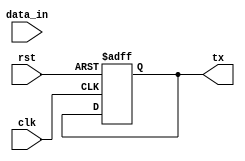
module uart_transmitter (
    input wire clk,
    input wire rst,
    input wire [7:0] data_in,
    output reg tx
);

parameter BAUD_RATE = 9600;
parameter CLOCK_RATE = 50000000;
parameter BAUD_DIVISOR = CLOCK_RATE / BAUD_RATE;

reg [3:0] baud_counter = 4'b0000;
reg [1:0] data_index = 2'b00;
reg [7:0] data_buffer = 8'h00;

always @(posedge clk or posedge rst) begin
    if (rst) begin
        baud_counter <= 4'b0000;
        data_index <= 2'b00;
        data_buffer <= 8'h00;
        tx <= 1'b0;
    end else begin
        if (baud_counter == BAUD_DIVISOR - 1) begin
            baud_counter <= 4'b0000;
            tx <= data_buffer[data_index];
            if (data_index == 2'b11) begin
                data_index <= 2'b00;
            end else begin
                data_index <= data_index + 1;
            end
        end else begin
            baud_counter <= baud_counter + 1;
        end
    end
end

always @(posedge clk) begin
    if (baud_counter == 0) begin
        data_buffer <= data_in;
    end
end

endmodule